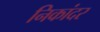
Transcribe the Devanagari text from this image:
निकांदर